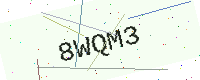
Text: 8WQM3